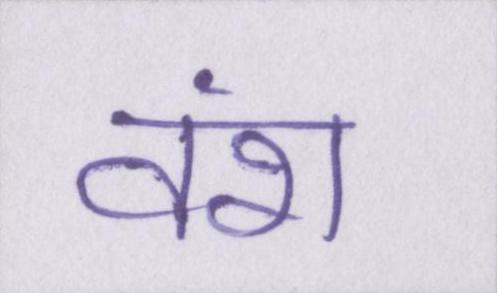
वंश